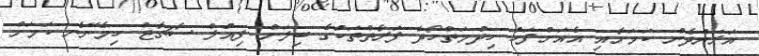
އަރަންދެން ކަމަށާއި އެއަށްފަހު ހިދުމަތްހޯދާ ފަރާތްތަކުގެ ބިލަށް ފިއުލް ސާޗާޖް ހިމެނޭނެ ކަމަށް